Vaccination in the Punjab 1905-1918 - 1905-1918
Year: 1905
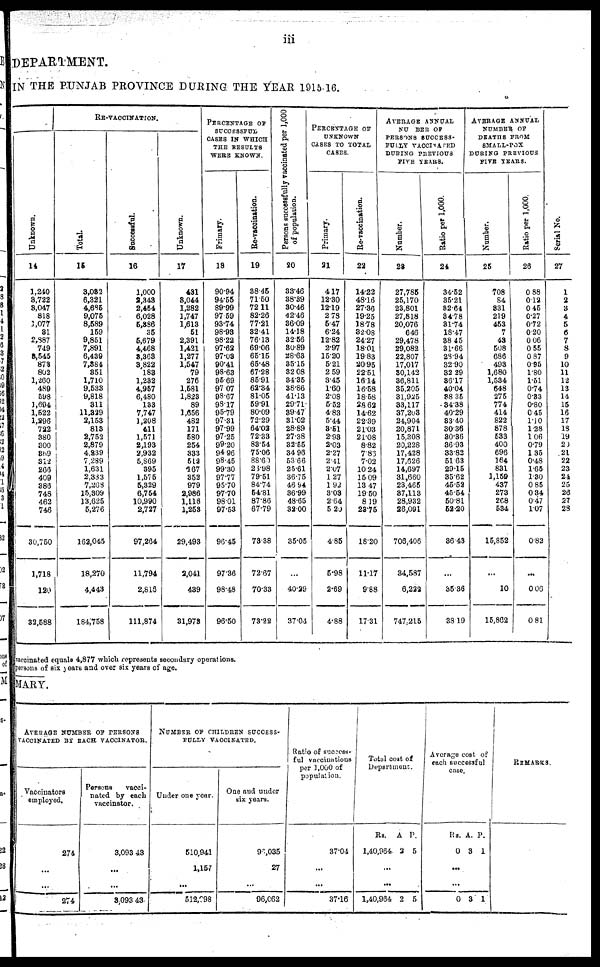
iii
DEPARTMENT.
IN THE PUNJAB PROVINCE DURING THE YEAR 1915-16.
Unknown.
14
1,240
3,722
3,047
818
1,077
31
2,887
749
8,545
878
802
1,260
489
598
1,694
1,522
1,296
722
380
300
859
312
266
409
386
748
462
746
30,750
1,718
120
32,588
RE-VACCINATION.
Total.
15
3,032
6,321
4,685
9,075
8,589
159
9,851
7,891
6,439
7,384
351
1,710
9,533
9,818
811
11,829
3,153
813
2,752
2,879
4,239
7,289
1,631
2,333
7,268
15,309
13,625
5,276
162,045
18,270
4,443
184,758
Successful.
16
1,000
2,343
2,454
6,028
5,886
35
5,679
4,468
3,363
3,822
188
1,232
4,957
6,480
133
7,747
1,208
411
1,571
2,193
2,932
5,869
395
1,575
5,329
6,754
10,990
2,727
97,264
11,794
2,816
111,874
Unknown.
17
431
3,044
1,282
1,747
1,613
51
2,391
1,421
1,277
1,547
79
276
1,581
1,823
89
1,656
482
171
580
254
333
512
167
352
979
2,986
1,116
1,253
29,493
2,041
439
31,978
PERCENTAGE OF
SUCCESSFUL
CASES IN WHICH
THE RESULTS
WERE KNOWN.
Primary.
18
90.94
94.55
89.99
97.59
93.74
98.93
98.22
97.62
97.08
90.41
98.63
95.69
97.07
98.67
98.17
95.79
97.31
97.99
97.25
99.20
94.96
98.45
99.30
97.77
95.70
97.70
98.01
97.53
96.45
97.36
98.48
96.50
Re-vaccination.
19
38.45
71.50
72.11
82.26
77.21
32.41
76.13
69.06
65.15
65.48
67.28
85.91
62.34
81.05
59.91
80.09
72.29
64.02
72.33
83.54
75.06
88.60
26.98
79.51
84.74
54.81
87.86
67.79
78.38
72.67
70.33
73.22
Persons successfully vaccinated per 1,000
of population.
20
33.46
38.39
30.46
42.46
36.09
14.18
32.56
30.89
28.63
35.15
32.08
34.35
38.86
41.13
29.71
39.47
31.02
28.89
27.38
32.55
34.96
53.66
25.61
36.75
46.94
36.99
48.65
32.00
35.05
...
40.29
37.04
PERCENTAGE OF
UNKNOWN
CASES TO TOTAL
CASES.
Primary.
21
4.17
12.30
12.19
2.78
5.47
6.24
12.82
2.97
15.20
5.21
2.59
3.45
1.60
2.08
5.52
4.83
5.44
3.51
2.98
2.03
2.27
2.41
2.07
1.27
1.92
3.03
2.64
5.29
4.85
5.98
2.69
4.88
Re-vaccination.
22
14.22
48.16
27.36
19.25
18.78
32.08
24.27
18.01
19.83
20.95
22.51
16.14
16.58
18.58
28.62
14.62
22.39
21.03
21.08
8.82
7.86
7.02
10.24
15.09
13.47
19.50
8.19
23.75
18.20
11.17
9.88
17.31
AVERAGE ANNUAL
NUMBER OF
PERSONS SUCCESS-
FULLY VACCINATED
DURING PREVIOUS
FIVE YEARS.
Number.
23
27,785
25,170
23,801
27,818
20,076
646
29,478
29,082
22,807
17,017
30,142
36,811
35,205
31,925
33,117
37,203
24,904
20,871
15,308
20,228
17,428
17,626
14,697
31,660
23,465
37,113
28,932
26,091
706,406
34,587
6,222
747,215
Ratio per 1,000.
24
34.52
35.21
32.64
34.78
31.74
18.47
38.45
31.66
28.94
32.90
32.29
36.17
40.04
88.35
34.38
40.29
33.40
30.36
30.36
36.93
33.82
51.63
29.15
35.62
45.52
45.54
50.81
52.20
36.43
...
35.36
38.19
AVERAGE ANNUAL
NUMBER OF
DEATHS FROM
SMALL-POX
DURING PREVIOUS
FIVE YEARS.
Number.
25
708
84
331
219
453
7
48
508
686
493
1,680
1,534
648
275
774
414
822
878
533
400
696
164
831
1,159
437
273
268
534
15,852
...
10
15.802
Ratio per 1,000.
26
0.88
0.12
0.45
0.27
0.72
0.20
0.06
0.55
0.87
0.95
1.80
1.51
0.74
0.83
0.80
0.45
1.10
1.23
1.06
0.79
1.35
0.48
1.65
1.30
0.85
0.34
0.47
1.07
0.82
...
0.06
0.81
Serial No.
27
1
2
3
4
5
6
7
8
9
10
11
12
13
14
15
16
17
18
19
20
21
22
23
24
25
26
27
28
vaccinated equals 4,877 which represents secondary operations.
persons of six years and over six years of age.
MARY.
AVERAGE NUMBER OF PERSONS
VACCINATED BY EACH VACCINATOR.
Vaccinators
employed.
274
...
...
274
Persons
vacci-
nated by each
vaccinator.
3,093.43
...
...
3,093.43
NUMBER OF CHILDREN SUCCESS-
FULLY VACCINATED.
Under one year.
510,941
1,157
...
512,298
One and under
six years.
98,035
27
...
96,062
Ratio of success-
ful vaccinations
per 1,000 of
population.
37.04
...
...
37.16
Total cost of
Department.
Rs.
1,40,964
A
2
P.
5
...
...
1,40,964 2 5
Average cost of
each successful
case.
Rs.
0
A.
3
P.
1
...
...
0 3 1
REMARKS.